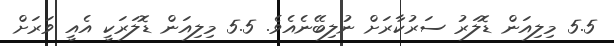
5.5 މިލިއަން ޑޮލަރު ސަރުކާރަށް ނުލިބޭނެއެވެ. 5.5 މިލިއަން ޑޮލަރަކީ އެއީ ވަރަށް